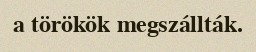
a törökök megszállták.